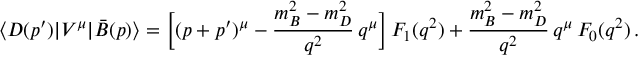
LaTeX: \langle D ( p ^ { \prime } ) | V ^ { \mu } | \bar { B } ( p ) \rangle = \bigg [ ( p + p ^ { \prime } ) ^ { \mu } - { \frac { m _ { B } ^ { 2 } - m _ { D } ^ { 2 } } { q ^ { 2 } } } \, q ^ { \mu } \bigg ] \, F _ { 1 } ( q ^ { 2 } ) + { \frac { m _ { B } ^ { 2 } - m _ { D } ^ { 2 } } { q ^ { 2 } } } \, q ^ { \mu } \, F _ { 0 } ( q ^ { 2 } ) \, .